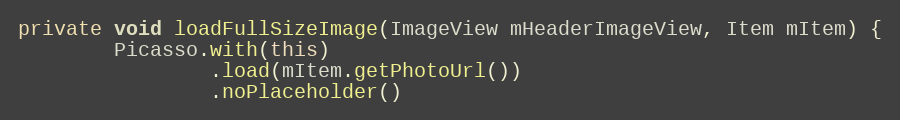
Language: Java
private void loadFullSizeImage(ImageView mHeaderImageView, Item mItem) {
        Picasso.with(this)
                .load(mItem.getPhotoUrl())
                .noPlaceholder()